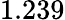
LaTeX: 1.239